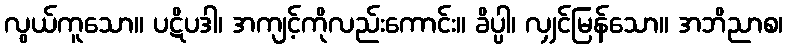
လွယ်ကူသော။ ပဋိပဒါ၊ အကျင့်ကိုလည်းကောင်း။ ခိပ္ပါ၊ လျှင်မြန်သော။ အဘိညာစ၊